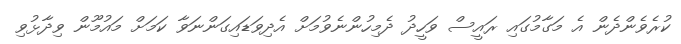
ކުރެވެންދެން އެ މަގާމުގައި ރައީސް ވަހީދު ދެމިހުންނެވުމަށް އެދިވަޑައިގަންނަވާ ކަމަށް މައުމޫން ވިދާޅުވި